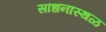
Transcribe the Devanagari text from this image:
साधनास्थळ